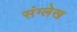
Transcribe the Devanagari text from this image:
संग्लेख